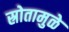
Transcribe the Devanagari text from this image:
स्रोतामुळे